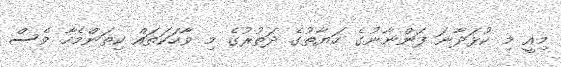
މިއީ މި ކުޅަދާނަ ފަންނާނުގެ ހަޔާތުގެ ދަތުރުގެ މި ވާހަކަތައް ކިތަންމެހާ ވެސް